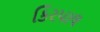
કિરપાલ